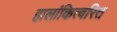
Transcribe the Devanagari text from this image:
हालांकित्वरित